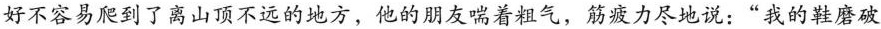
好不容易爬到了离山顶不远的地方，他的朋友喘着粗气，筋疲力尽地说：”我的鞋磨破